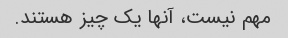
مهم نیست، آنها یک چیز هستند.